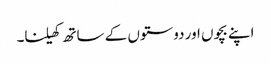
اپنے بچوں اور دوستوں کے ساتھ کھیلنا۔